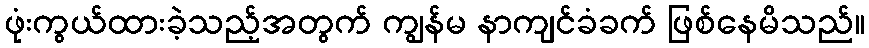
ဖုံးကွယ်ထားခဲ့သည့်အတွက် ကျွန်မ နာကျင်ခံခက် ဖြစ်နေမိသည်။